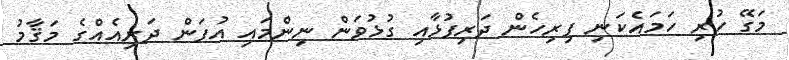
މަގޭ ހުރި ހަމައެކަނި ފިރިހެން ދަރިފުޅާއި ގުޅުވަން ނިންމައި އުފަން ދަރިއެއްގެ މަޤާމު